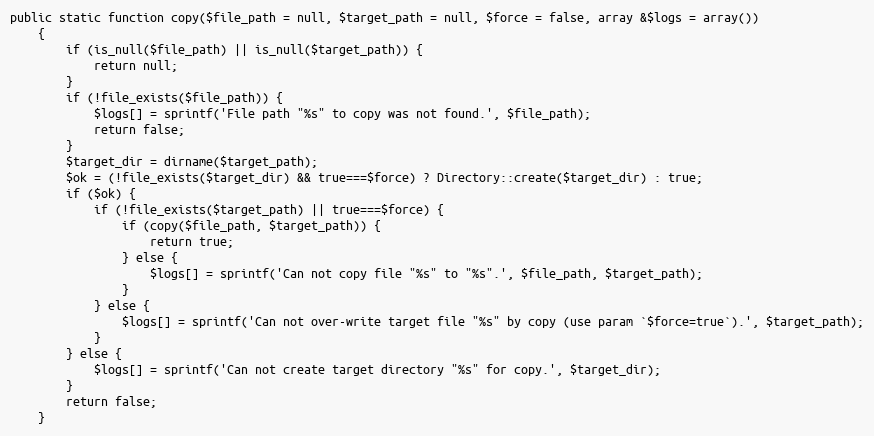
Language: PHP
public static function copy($file_path = null, $target_path = null, $force = false, array &$logs = array())
    {
        if (is_null($file_path) || is_null($target_path)) {
            return null;
        }
        if (!file_exists($file_path)) {
            $logs[] = sprintf('File path "%s" to copy was not found.', $file_path);
            return false;
        }
        $target_dir = dirname($target_path);
        $ok = (!file_exists($target_dir) && true===$force) ? Directory::create($target_dir) : true;
        if ($ok) {
            if (!file_exists($target_path) || true===$force) {
                if (copy($file_path, $target_path)) {
                    return true;
                } else {
                    $logs[] = sprintf('Can not copy file "%s" to "%s".', $file_path, $target_path);
                }
            } else {
                $logs[] = sprintf('Can not over-write target file "%s" by copy (use param `$force=true`).', $target_path);
            }
        } else {
            $logs[] = sprintf('Can not create target directory "%s" for copy.', $target_dir);
        }
        return false;
    }